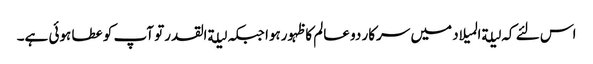
اس لئے کہ لیلةالمیلاد میں سرکار دو عالم کا ظہورہوا جبکہ لیلةالقدرتو آپ کو عطا ہوئی ہے۔